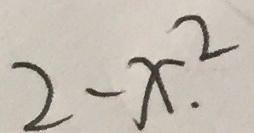
2 - x ^ { 2 } .